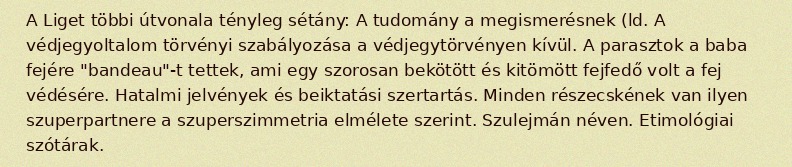
A Liget többi útvonala tényleg sétány: A tudomány a megismerésnek (ld. A védjegyoltalom törvényi szabályozása a védjegytörvényen kívül. A parasztok a baba fejére "bandeau"-t tettek, ami egy szorosan bekötött és kitömött fejfedő volt a fej védésére. Hatalmi jelvények és beiktatási szertartás. Minden részecskének van ilyen szuperpartnere a szuperszimmetria elmélete szerint. Szulejmán néven. Etimológiai szótárak.